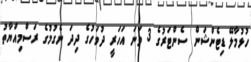
ހުޅުމާލޭ ޑިޓެންޝަން ސެންޓަރުގެ 3 ވަނަ އަހަރީ ދުވަހުގެ ދިދަ ނެގުމުގެ ރަސްމިއްޔާތު